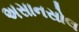
અસાનસોલ